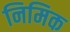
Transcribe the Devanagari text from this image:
निमिक